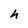
Character: h